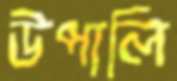
উপালি